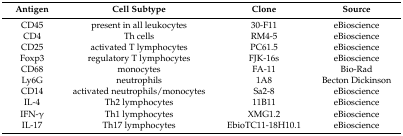
| Antigen | Cell Subtype | Clone | Source |
 | --- | --- | --- | --- |
 | CD45 | present in all leukocytes | 30-F11 | eBioscience |
 | CD4 | Th cells | RM4-5 | eBioscience |
 | CD25 | activated T lymphocytes | PC61.5 | eBioscience |
 | Foxp3 | regulatory T lymphocytes | FJK-16s | eBioscience |
 | CD68 | monocytes | FA-11 | Bio-Rad |
 | Ly6G | neutrophils | 1A8 | Becton Dickinson |
 | CD14 | activated neutrophils/monocytes | Sa2-8 | eBioscience |
 | IL-4 | Th2 lymphocytes | 11B11 | eBioscience |
 | IFN-γ | Th1 lymphocytes | XMG1.2 | eBioscience |
 | IL-17 | Th17 lymphocytes | EbioTC11-18H10.1 | eBioscience |